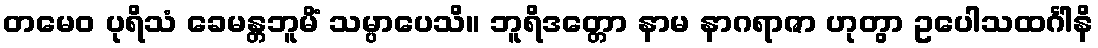
တမေဝ ပုရိသံ ခေမန္တဘူမိံ သမ္ပာပေသိ။ ဘူရိဒတ္တော နာမ နာဂရာဇာ ဟုတွာ ဥပေါသထင်္ဂါနိ